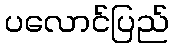
ပလောင်ပြည်